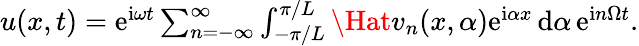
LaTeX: \begin{array}{r}{u(x,t)=\mathrm{e}^{\mathrm{i}\omega t}\sum_{n=-\infty}^{\infty}\int_{-\pi/L}^{\pi/L}\Hat{v}_{n}(x,\alpha)\mathrm{e}^{\mathrm{i}\alpha x}\, \mathrm{d}\alpha\, \mathrm{e}^{\mathrm{i}n\Omega t}.}\end{array}